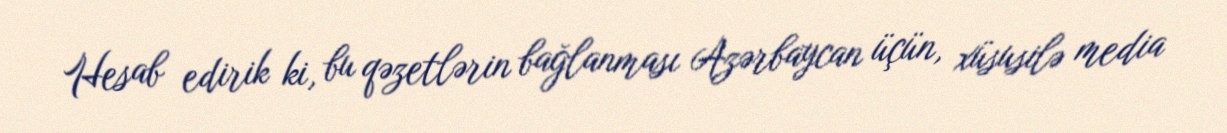
Hesab edirik ki, bu qəzetlərin bağlanması Azərbaycan üçün, xüsusilə media